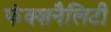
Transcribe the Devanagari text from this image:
फंक्शनैलिटी